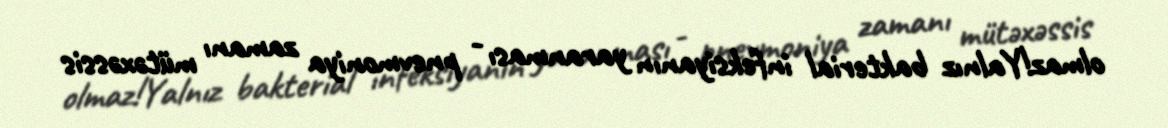
olmaz!Yalnız bakterial infeksiyanın yaranması - pnevmoniya zamanı mütəxəssis